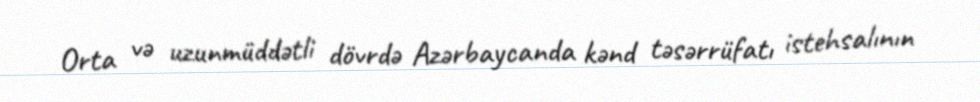
Orta və uzunmüddətli dövrdə Azərbaycanda kənd təsərrüfatı istehsalının